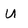
Character: U